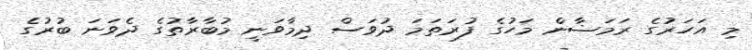
މި އަަހަރުގެ ރަމަޟާން މަހުގެ ފުރަތަމަ ދުވަސް ދިމާވަނީ މުބާރާތުގެ ދެވަނަ ބުރުގެ